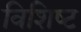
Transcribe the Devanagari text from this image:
विशिष्‍ट